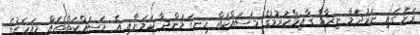
ރަށުގައި ނަރުދަމާ ނިޒާމް ގާއިމްކުރުމުގެ މަސައްކަތް ހިނގަމުންދާ ކަމަށާއި އެ މަސައްކަތްތައް މިއަހަރުގެ